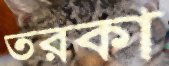
তরকা